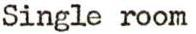
Single room